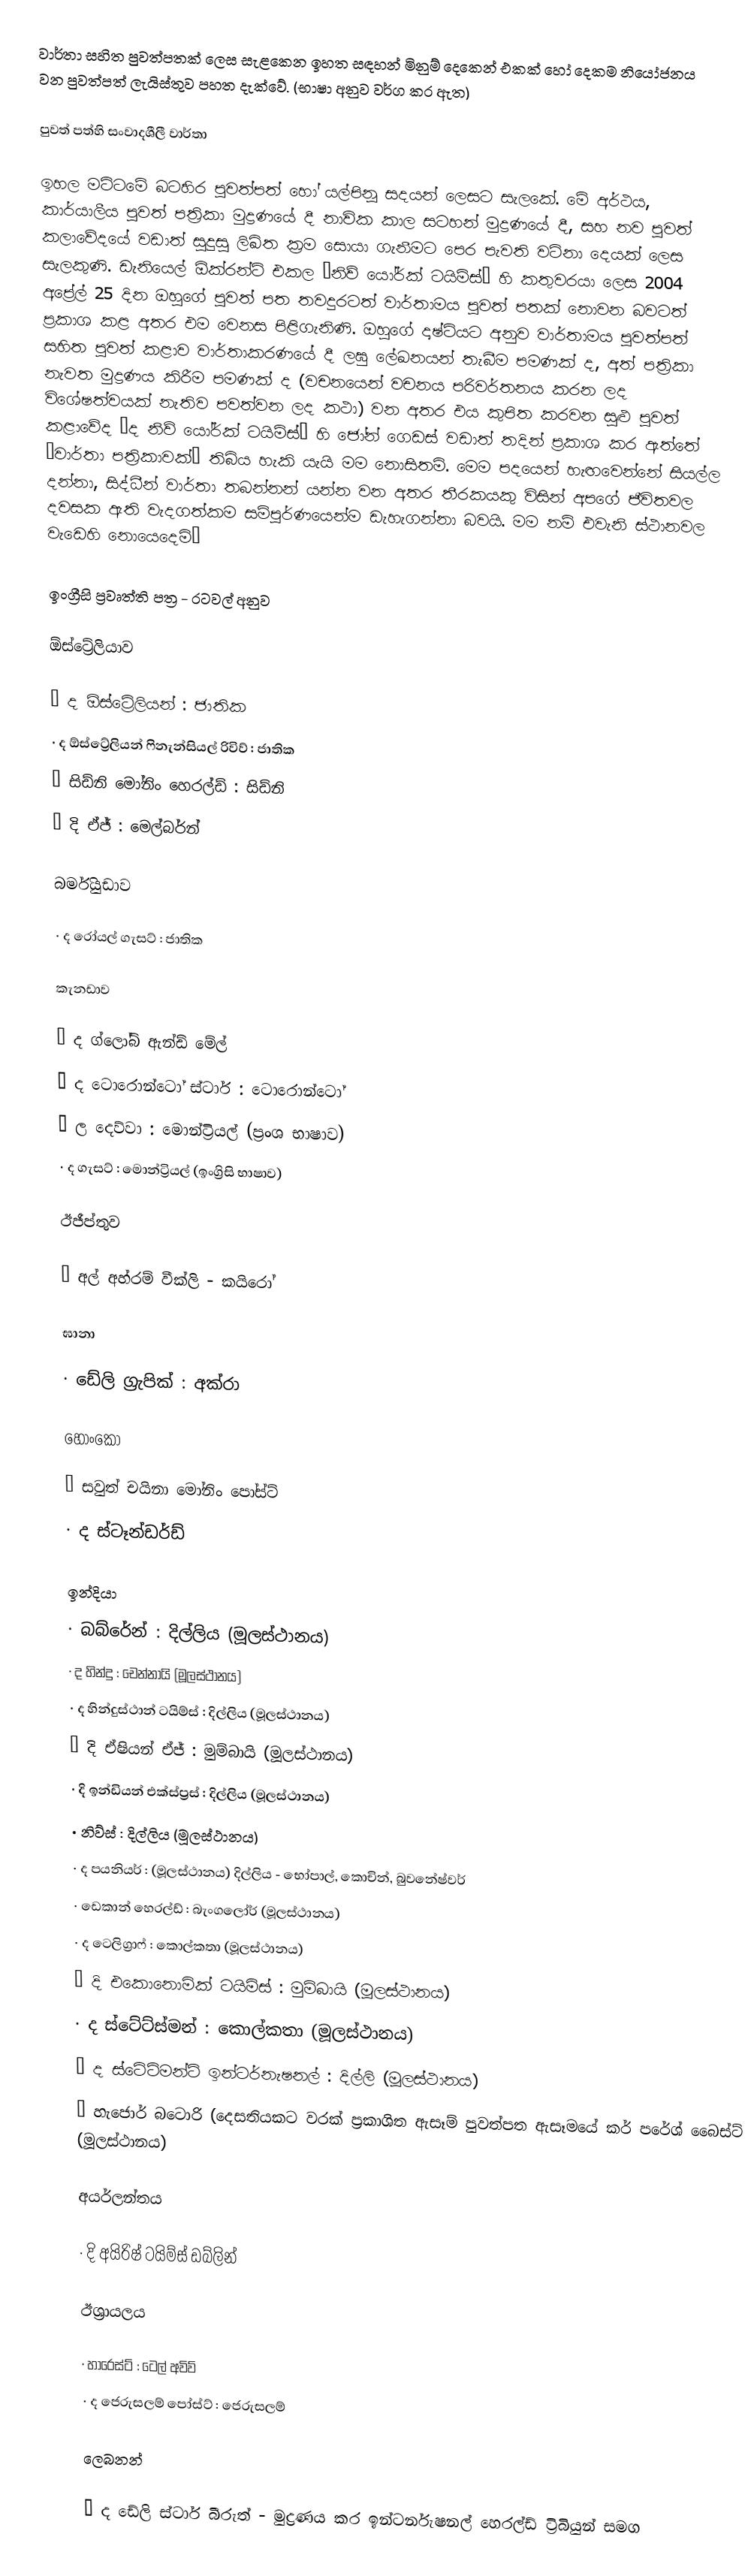
වාර්තා සහිත පුවත්පතක් ලෙස සැළකෙන ඉහත සඳහන් මිනුම් දෙකෙන් එකක් හෝ දෙකම නියෝජනය වන පුවත්පත් ලැයිස්තුව පහත දැක්වේ. (භාෂා අනුව වර්ග කර ඇත)

පුවත් පත්හි සංවාදශීලී වාර්තා

ඉහල මට්ටමේ බටහිර පුවත්පත් හෝ යල්පිනූ සදයන් ලෙසට සැලකේ. මේ අර්ථය, කාර්යාලීය පුවත් පත්‍රිකා මුද්‍රණයේ දී නාවික කාල සටහන් මුද්‍රණයේ දී, සහ නව පුවත් කලාවේදයේ වඩාත් සුදුසු  ලිඛිත ක්‍රම සොයා ගැනීමට පෙර පැවති වටිනා දෙයක් ලෙස සැලකුණි. ඩැනියෙල් ඕක්රන්ට් එකල “නිව් යෝර්ක් ටයිම්ස්” හි කතුවරයා ලෙස 2004 අප්‍රේල් 25 දින ඔහුගේ පුවත් පත තවදුරටත් වාර්තාමය පුවත් පතක් නොවන බවටත් ප්‍රකාශ කළ අතර එම වෙනස පිළිගැනිණි. ඔහුගේ දෘෂ්ටියට අනුව වාර්තාමය පුවත්පත් සහිත පුවත් කළාව වාර්තාකරණයේ දී ලඝු ලේඛනයන් තැබීම පමණක් ද, අත් පත්‍රිකා නැවත මුද්‍රණය කිරීම පමණක් ද (වචනයෙන් වචනය පරිවර්තනය කරන ලද විශේෂත්වයක් නැතිව පවත්වන ලද කථා) වන අතර එය කුපිත කරවන සුළු පුවත් කළාවේද “ද නිව් යෝර්ක් ටයිම්ස්” හි ජෝන් ගෙඩස් වඩාත් තදින් ප්‍රකාශ කර ඇත්තේ “වාර්තා පත්‍රිකාවක්” තිබිය හැකි යැයි මම නොසිතමි. මෙම පදයෙන් හැඟවෙන්නේ සියල්ල දන්නා, සිද්ධීන් වාර්තා තබන්නන් යන්න වන අතර තීරකයකු විසින් අප‍ගේ ජීවිතවල දවසක ඇති වැදගත්කම සම්පූර්ණයෙන්ම ඩැහැගන්නා බවයි. මම නම් එවැනි ස්ථානවල වැඩෙහි නොයෙදෙමි”

ඉංග්‍රීසි ප්‍රවෘත්ති පත්‍ර - රටවල් අනුව

ඕස්ට්‍රේලියාව

·	ද ඕස්ට්‍රේලියන් : ජාතික
·	ද ඕස්ට්‍රේලියන් ෆිනැන්සියල් රිවිව් : ජාතික
·	සිඩ්නි මෝනිං හෙරල්ඩ් : සිඩ්නි
·	දි ඒජ් : මෙල්බර්න්

බර්මියුඩාව

·	ද රෝයල් ගැසට් : ජාතික

කැනඩාව

·	ද ග්ලෝබ් ඇන්ඩ් මේල්
·	ද ටොරොන්ටෝ ස්ටාර් : ටොරොන්ටෝ
·	ල දෙව්වා : මොන්ට්‍රියල් (ප්‍රංශ භාෂාව)
·	ද ගැසට් : මොන්ට්‍රියල් (ඉංග්‍රිසි භාෂාව)

ඊජීප්තුව

·	අල් අහ්රම් වීක්ලි - කයිරෝ

ඝානා

·	ඩේලි ග්‍රැපික් : අක්රා

හොංකො

·	සවුත් චයිනා මෝනිං පෝස්ට්
·	ද ස්ටෑන්ඩර්ඩ්

ඉන්දියා
·	බබ්රේන් : දිල්ලිය (මූලස්ථානය)
·	ද හින්දු : චෙන්නායි (මූලස්ථානය)
·	ද හින්දුස්ථාන් ටයිම්ස් : දිල්ලිය (මූලස්ථානය)
·	දි ඒෂියන් ඒජ් : මුම්බායි (මූලස්ථානය)
·	දි ඉන්ඩියන් එක්ස්ප්‍රස් : දිල්ලිය (මූලස්ථානය)
·	නිව්ස් : දිල්ලිය (මූලස්ථානය)
·	ද පයනියර් : (මූලස්ථානය) දිල්ලිය - භෝපාල්, කොචින්, බුවනේෂ්වර්
·	ඩෙකාන් හෙරල්ඩ් : බැංගලෝර් (මූලස්ථානය)
·	ද ටෙලිග්‍රාෆ් : කොල්කතා (මූලස්ථානය)
·	දි එකොනොමික් ටයිමිස් : මුම්බායි (මූලස්ථානය)
·	ද ස්ටේට්ස්මන් : කොල්කතා (මූලස්ථානය)
·	ද ස්ටේට්මන්ට් ඉන්ටර්නැෂනල් : දිල්ලි (මූලස්ථානය)
·	හැජොර් බටොරි (දෙසතියකට වරක් ප්‍රකාශිත ඇසෑම් පුවත්පත ඇසෑමයේ කර් පරේශ් බෛස්ට් (මූලස්ථානය)

අයර්ලන්තය

·	දි අයිරිෂ් ටයිම්ස් ඩබ්ලින්

ඊශ්‍රායලය

·	හාරෙස්ට් : ටෙල්  අවිව්
·	ද ජෙරුසලම් පෝස්ට් : ජෙරුසලම්

ලෙබනන්

·	ද ‍ඩේලි ස්ටාර් බීරුත් -  මුද්‍රණය කර ඉන්ටර්නැෂනල්  හෙරල්ඩ් ට්‍රිබියුන් සමග